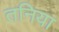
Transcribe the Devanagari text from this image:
तनिया